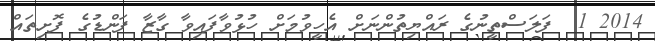
2014 1  ފަލަސްތީނުގެ ރައްޔިތުންނަށް އެހީވުމަށް ހުޅުވާފައިވާ ގާޒާ ފަންޑުގެ ފޮށިތައް